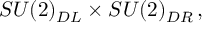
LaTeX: S U ( 2 ) _ { D L } \times S U ( 2 ) _ { D R } \, ,